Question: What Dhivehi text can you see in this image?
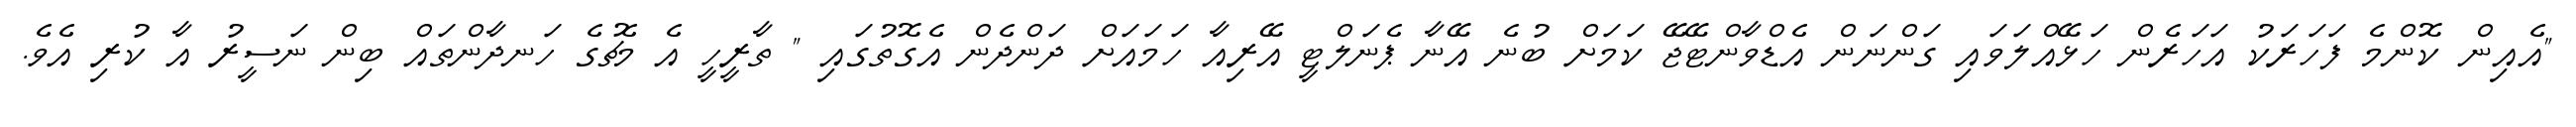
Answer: "އެއިން ކޮންމެ ފަހަރަކު އަހަރެން ހަޅޭއްލަވައި ގަންނަން އެޑްވާންޓޭޖޭ ކަމަށް ބުނެ އޭނާ ޕެނަލްޓީ އޭރިއާ ހަމައަށް ދަންދެން އެގޮތުގައި " ތާރީހީ އެ މެޗުގެ ހަނދާންތައް ބިން ނަސީރު އާ ކުރި އެވެ.